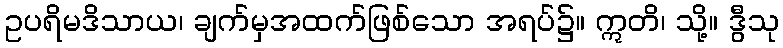
ဥပရိမဒိသာယ၊ ချက်မှအထက်ဖြစ်သော အရပ်၌။ ဣတိ၊ သို့။ ဒွီသု